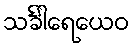
သင်္ခါရေယေဝ